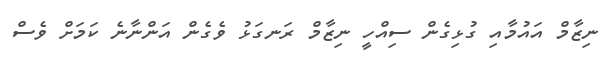
ނިޒާމް އައުމާއި ގުޅިގެން ސިއްހީ ނިޒާމް ރަނގަޅު ވެގެން އަންނާނެ ކަމަށް ވެސް